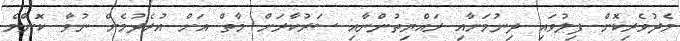
މެދުވެރިކޮށް ފިލުވައި ދިނުމަށާއި ރައްޔިތުންނާއި ސަރުކާރަށް މާތް އަށް އުރެދުމެށް ނުވާ ކޮންމެ